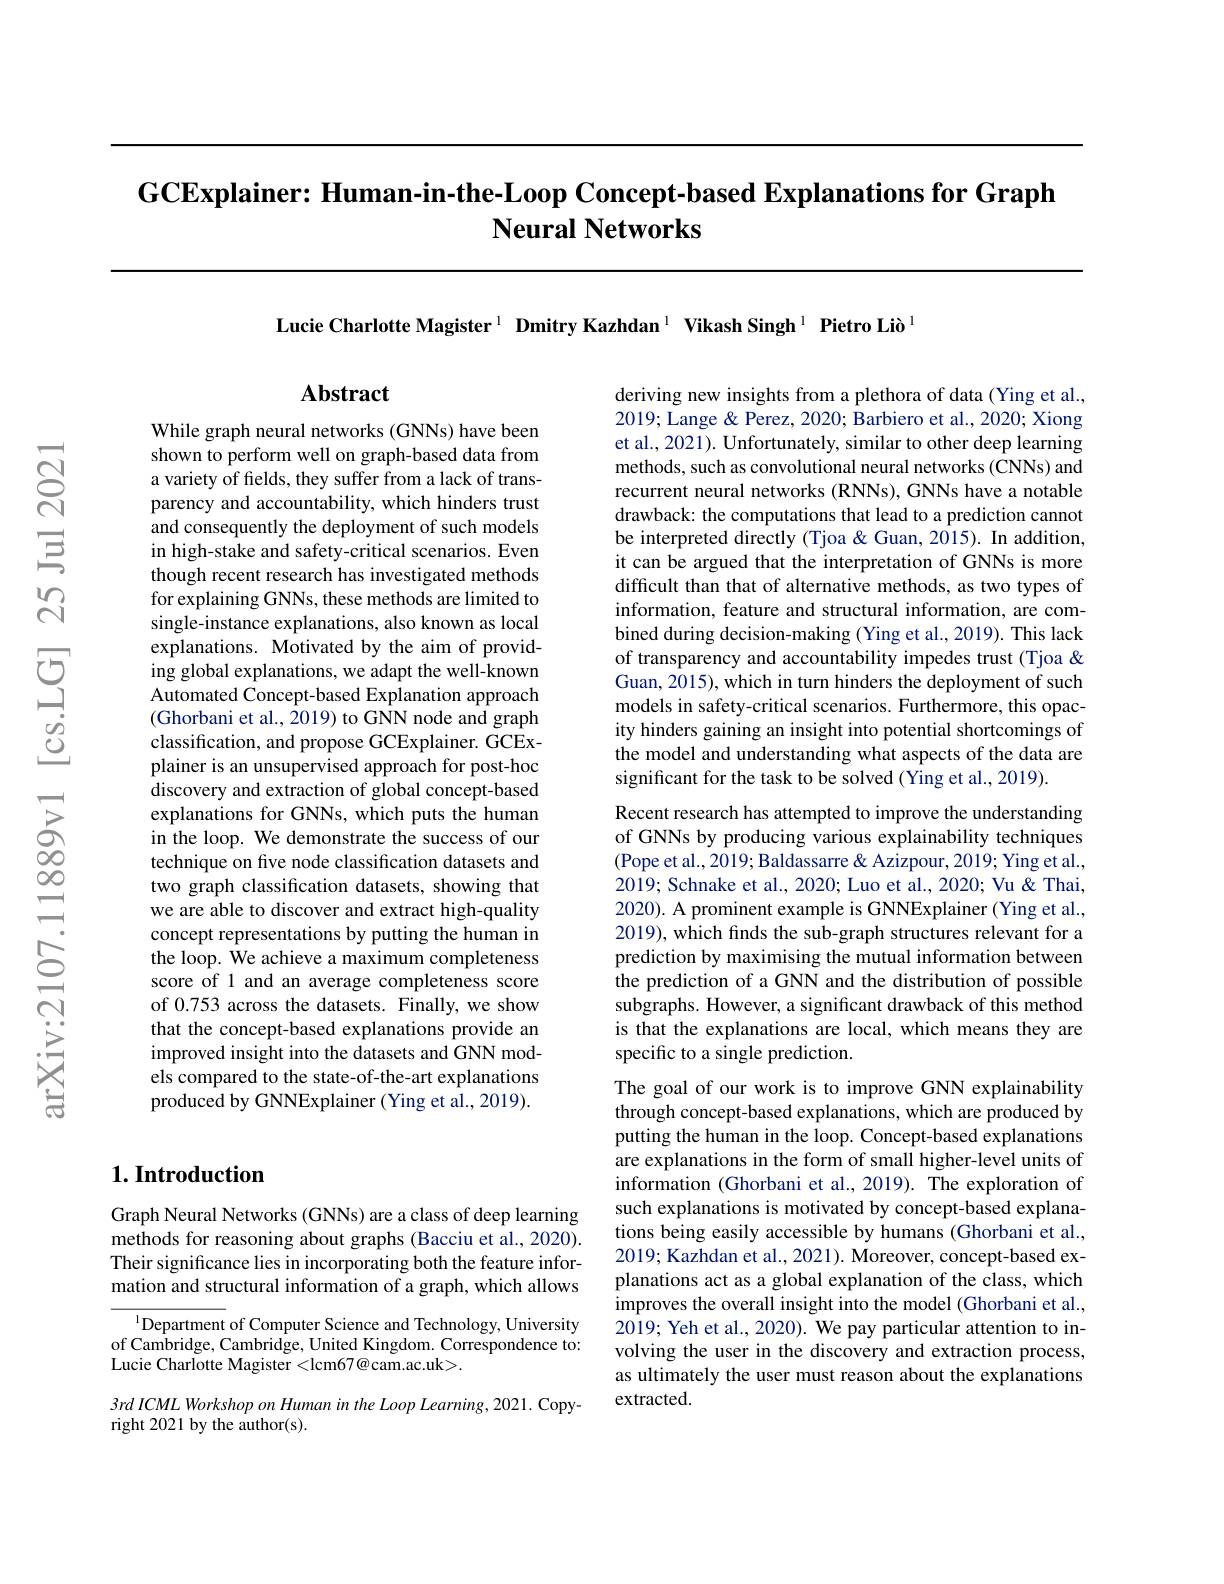
GCExplainer: Human-in-the-Loop Concept-based Explanations for Graph
# Neural Networks

Lucie Charlotte Magister $^{1}$ Dmitry Kazhdan$^{1}$ Vikash Singh$^{1}$ Pietro Liò l

## Abstract

While graph neural networks (GNNs) have been shown to perform well on graph-based data from a variety of fields, they suffer from a lack of transparency and accountability, which hinders trust and consequently the deployment of such models in high-stake and safety-critical scenarios. Even though recent research has investigated methods for explaining GNNs, these methods are limited to single-instance explanations, also known as local explanations. Motivated by the aim of providing global explanations, we adapt the well-known Automated Concept-based Explanation approach (Ghorbani et al., 2019) to GNN node and graph classification, and propose GCExplainer. GCExplainer is an unsupervised approach for post-hoc discovery and extraction of global concept-based explanations for GNNs, which puts the human in the loop. We demonstrate the success of our technique on five node classification datasets and two graph classification datasets, showing that we are able to discover and extract high-quality concept representations by putting the human in the loop. We achieve a maximum completeness score of 1 and an average completeness score of 0.753 across the datasets. Finally, we show that the concept-based explanations provide an improved insight into the datasets and GNN models compared to the state-of-the-art explanations produced by GNNExplainer (Ying et al., 2019).

deriving new insights from a plethora of data (Ying et al., 2019; Lange & Perez, 2020; Barbiero et al., 2020; Xiong et al., 2021). Unfortunately, similar to other deep learning methods, such as convolutional neural networks (CNNs) and recurrent neural networks (RNNs), GNNs have a notable drawback: the computations that lead to a prediction cannot be interpreted directly (Tjoa &Guan, 2015). In addition, it can be argued that the interpretation of GNNs is more difficult than that of alternative methods, as two types of information, feature and structural information, are combined during decision-making (Ying et al., 2019). This lack of transparency and accountability impedes trust (Tjoa & Guan, 2015), which in turn hinders the deployment of such models in safety-critical scenarios. Furthermore, this opacity hinders gaining an insight into potential shortcomings of the model and understanding what aspects of the data are significant for the task to be solved (Ying et al., 2019).
Recent research has attempted to improve the understanding of GNNs by producing various explainability techniques (Pope et al., 2019; Baldassarre & Azizpour, 2019; Ying et al., 2019; Schnake et al., 2020; Luo et al., 2020; Vu & Thai, 2020). A prominent example is GNNExplainer (Ying et al., 2019), which finds the sub-graph structures relevant for a prediction by maximising the mutual information between the prediction of a GNN and the distribution of possible subgraphs. However, a significant drawback of this method is that the explanations are local, which means they are specific to a single prediction.
The goal of our work is to improve GNN explainability through concept-based explanations, which are produced by putting the human in the loop. Concept-based explanations are explanations in the form of small higher-level units of information (Ghorbani et al., 2019). The exploration of such explanations is motivated by concept-based explanations being easily accessible by humans (Ghorbani et al., 2019; Kazhdan et al., 2021). Moreover, concept-based explanations act as a global explanation of the class, which improves the overall insight into the model (Ghorbani et al., 2019; Yeh et al., 2020). We pay particular attention to involving the user in the discovery and extraction process, as ultimately the user must reason about the explanations extracted.

## $1. \textbf{Introduction}$

Graph Neural Networks (GNNs) are a class of deep learning methods for reasoning about graphs (Bacciu et al., 2020). Their significance lies in incorporating both the feature information and structural information of a graph, which allows

$^{\mathrm{l}}$Department of Computer Science and Technology, University of Cambridge, Cambridge, United Kingdom. Correspondence to: Lucie Charlotte Magister <lcm67@cam.ac.uk>.

3rd ICML Workshop on Human in the Loop Learning, 2021. Copy-
right 2021 by the author(s).